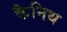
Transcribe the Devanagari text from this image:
कैनिथ